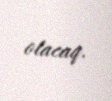
olacaq.